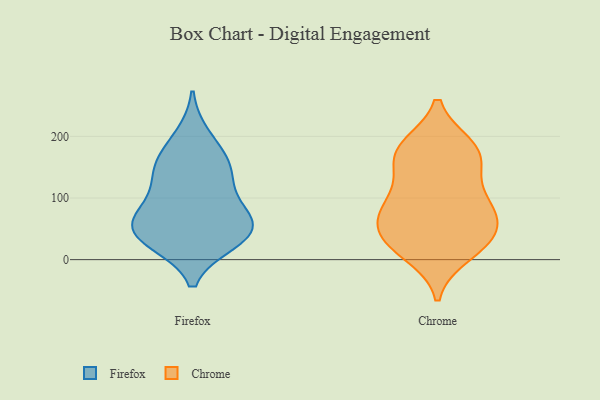
{"axis": {"x": "Demand Index", "y": "Value"}, "legend": ["Chrome", "Firefox"], "data": [{"x": "", "y": 67, "type": "Firefox"}, {"x": "", "y": 49, "type": "Firefox"}, {"x": "", "y": 45, "type": "Firefox"}, {"x": "", "y": 166, "type": "Firefox"}, {"x": "", "y": 144, "type": "Firefox"}, {"x": "", "y": 29, "type": "Firefox"}, {"x": "", "y": 149, "type": "Firefox"}, {"x": "", "y": 87, "type": "Firefox"}, {"x": "", "y": 46, "type": "Firefox"}, {"x": "", "y": 74, "type": "Firefox"}, {"x": "", "y": 126, "type": "Firefox"}, {"x": "", "y": 29, "type": "Firefox"}, {"x": "", "y": 200, "type": "Firefox"}, {"x": "", "y": 35, "type": "Chrome"}, {"x": "", "y": 10, "type": "Chrome"}, {"x": "", "y": 79, "type": "Chrome"}, {"x": "", "y": 179, "type": "Chrome"}, {"x": "", "y": 83, "type": "Chrome"}, {"x": "", "y": 28, "type": "Chrome"}, {"x": "", "y": 70, "type": "Chrome"}, {"x": "", "y": 109, "type": "Chrome"}, {"x": "", "y": 88, "type": "Chrome"}, {"x": "", "y": 175, "type": "Chrome"}, {"x": "", "y": 183, "type": "Chrome"}, {"x": "", "y": 28, "type": "Chrome"}, {"x": "", "y": 152, "type": "Chrome"}, {"x": "", "y": 167, "type": "Chrome"}, {"x": "", "y": 43, "type": "Chrome"}]}